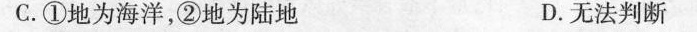
C.①地为海洋，②地为陆地 D.无法判断